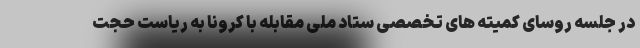
در جلسه روسای کمیته های تخصصی ستاد ملی مقابله با کرونا به ریاست حجت